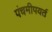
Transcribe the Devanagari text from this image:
पंचमीपयर्त